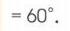
$=60^{\circ}.$